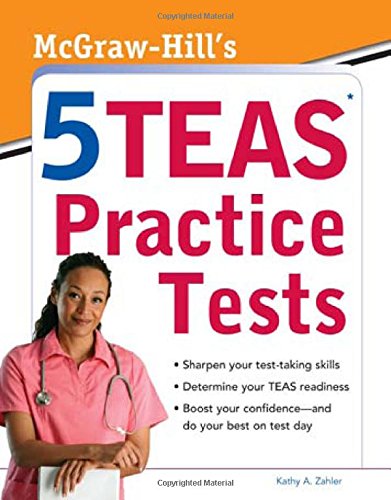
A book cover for McGraw-Hill's 5 TEAS Practice Tests; Kathy A. Zahler; Test Preparation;